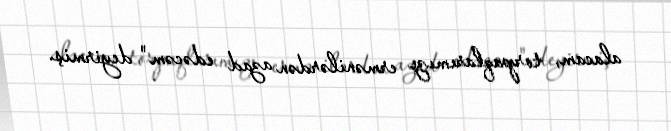
alacam, torpaqlarımızı ermənilərdən azad edəcəm" deyirmiş.